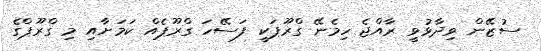
ސުޒޭން ވިދާޅުވީ ރާއްޖެ ހިމެނޭ ގްރޫޕަކީ ފަސޭހަ ގްރޫޕެއް ކަމަށާއި މި ގްރޫޕްގެ